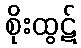
စိုးထွဋ်